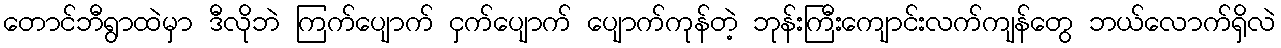
တောင်ဘီရွာထဲမှာ ဒီလိုဘဲ ကြက်ပျောက် ငှက်ပျောက် ပျောက်ကုန်တဲ့ ဘုန်းကြီးကျောင်းလက်ကျန်တွေ ဘယ်လောက်ရှိလဲ